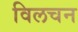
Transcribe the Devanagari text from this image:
विलचन